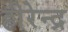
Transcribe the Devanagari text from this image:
हीरेन्द्र